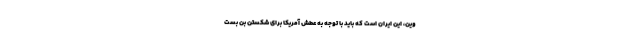
وین، این ایران است که باید با توجه به عطش آمریکا برای شکستن بن بست